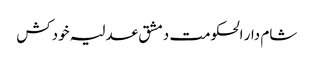
شام دار الحکومت دمشق عدلیہ خودکش